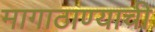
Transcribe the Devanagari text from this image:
मागाठाण्याची